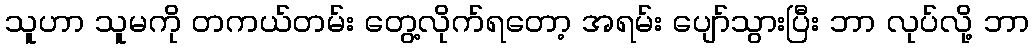
သူဟာ သူမကို တကယ်တမ်း တွေ့လိုက်ရတော့ အရမ်း ပျော်သွားပြီး ဘာ လုပ်လို့ ဘာ